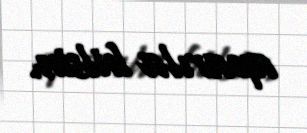
aparıla bilsin.